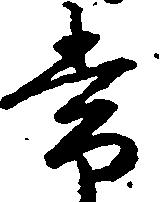
常